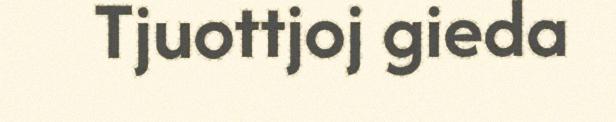
Tjuottjoj gieda